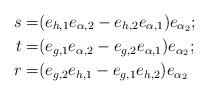
LaTeX: \begin{align*}s=&(e_{h,1}e_{\alpha,2}-e_{h,2}e_{\alpha,1})e_{\alpha_2};\\t=&(e_{g,1}e_{\alpha,2}-e_{g,2}e_{\alpha,1})e_{\alpha_2};\\r=&(e_{g,2}e_{h,1}-e_{g,1}e_{h,2})e_{\alpha_2}\end{align*}